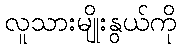
လူသားမျိုးနွယ်ကို